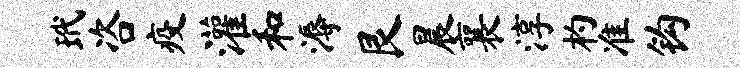
玳咨疫灌和溽艮晨襄淳杓准钩